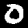
Label: 0